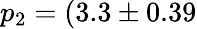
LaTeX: p_{2}=(3.3\pm 0.39